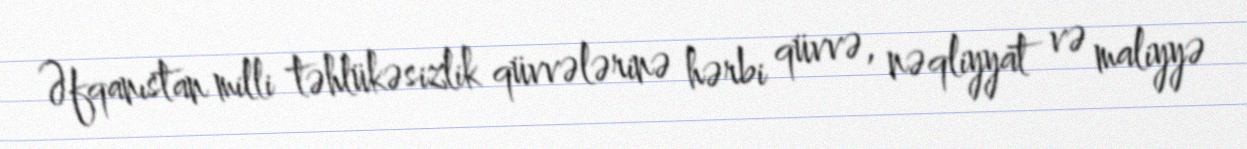
Əfqanıstan milli təhlükəsizlik qüvvələrinə hərbi qüvvə, nəqliyyat və maliyyə